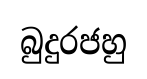
බුදුරජහු